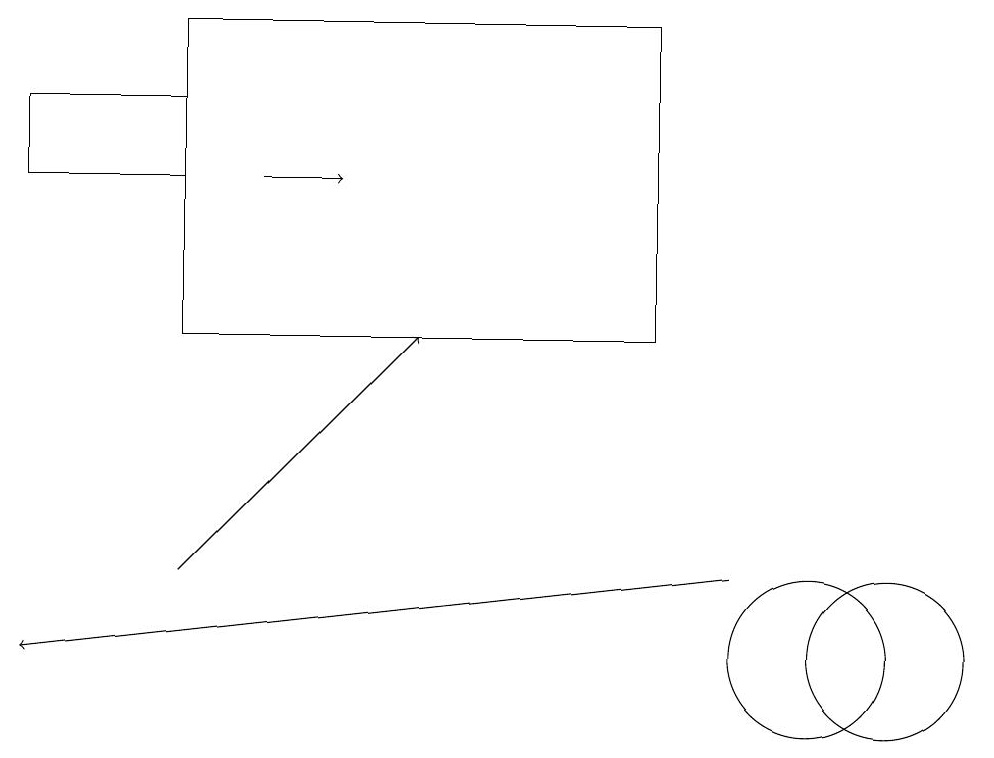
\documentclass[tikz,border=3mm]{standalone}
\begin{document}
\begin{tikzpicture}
\draw[->] (3,16) -- (4,16);
\draw[->] (2,11) -- (5,14);
\draw (2,17) rectangle (0,16);
\draw[->] (9,11) -- (0,10);
\draw (10,10) circle (1);
\draw (2,18) rectangle (8,14);
\draw (11,10) circle (1);
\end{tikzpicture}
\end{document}